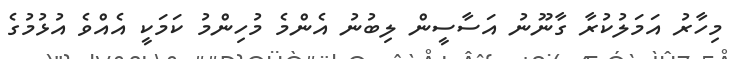
މިހާރު އަމަލުކުރާ ގާނޫނު އަސާސީން ލިބުނު އެންމެ މުހިންމު ކަމަކީ އެއްވެ އުޅުމުގެ